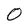
Character: O